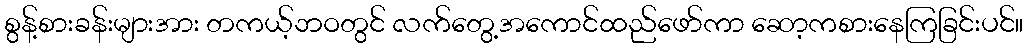
စွန့်စားခန်းများအား တကယ့်ဘဝတွင် လက်တွေ့အကောင်ထည်ဖော်ကာ ဆော့ကစားနေကြခြင်းပင်။